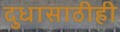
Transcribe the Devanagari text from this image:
दुधासाठीही